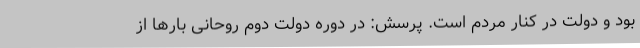
بود و دولت در کنار مردم است. پرسش: در دوره دولت دوم روحانی بارها از